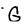
Character: G